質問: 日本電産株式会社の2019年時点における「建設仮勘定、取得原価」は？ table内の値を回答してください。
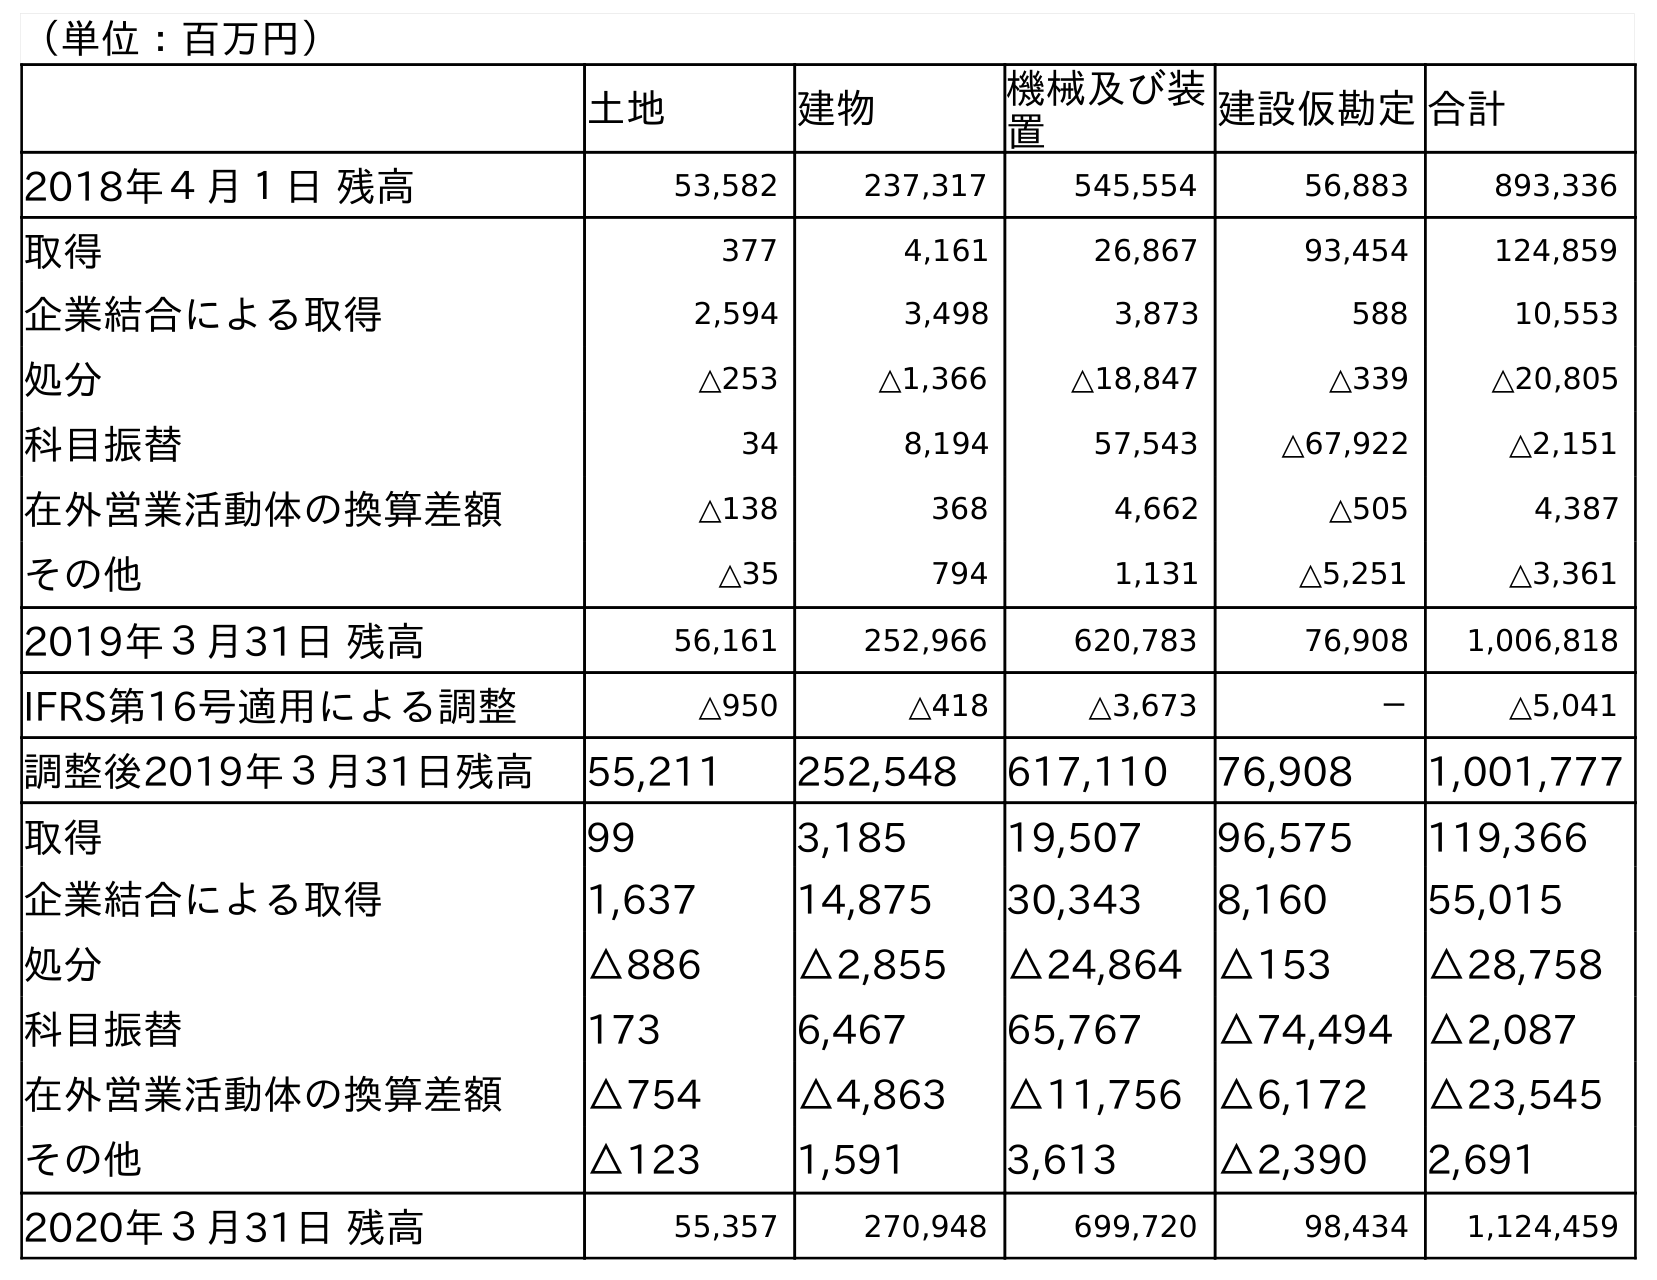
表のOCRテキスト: （単位：百万円） 土地 建物 機械及び装 置 建設仮勘定合計 2018年４月１日 残高 53,582 237,317 545,554 56,883 893,336 取得 377 4,161 26,867 93,454 124,859 企業結合による取得 2,594 3,498 3,873 588 10,553 処分 △253 △1,366 △18,847 △339 △20,805 科目振替 34 8,194 57,543 △67,922 △2,151 在外営業活動体の換算差額 △138 368 4,662 △505 4,387 その他 △35 794 1,131 △5,251 △3,361 2019年３月31日 残高 56,161 252,966 620,783 76,908 1,006,818 IFRS第16号適用による調整 △950 △418 △3,673 － △5,041 調整後2019年３月31日残高 55,211 252,548 617,110 76,908 1,001,777 取得 99 3,185 19,507 96,575 119,366 企業結合による取得 1,637 14,875 30,343 8,160 55,015 処分 △886 △2,855 △24,864 △153 △28,758 科目振替 173 6,467 65,767 △74,494 △2,087 在外営業活動体の換算差額 △754 △4,863 △11,756 △6,172 △23,545 その他 △123 1,591 3,613 △2,390 2,691 2020年３月31日 残高 55,357 270,948 699,720 98,434 1,124,459
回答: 76,908